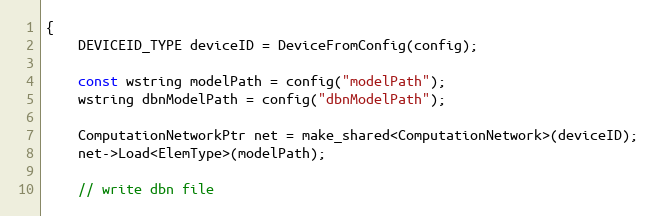
Language: C++
{
    DEVICEID_TYPE deviceID = DeviceFromConfig(config);

    const wstring modelPath = config("modelPath");
    wstring dbnModelPath = config("dbnModelPath");

    ComputationNetworkPtr net = make_shared<ComputationNetwork>(deviceID);
    net->Load<ElemType>(modelPath);

    // write dbn file